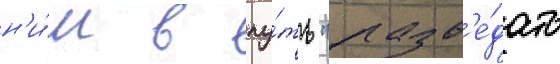
н'и́м в пу́ть "разв'е́дать